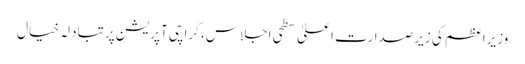
وزیراعظم کی زیرصدارت اعلیٰ سطحی اجلاس، کراچی آپریشن پرتبادلہ خیال